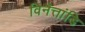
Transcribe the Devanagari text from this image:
विनैत्तांडि